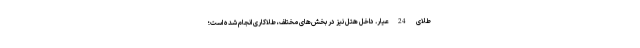
طلای 24عیار. داخل هتل نیز در بخش‌های مختلف، طلاکاری انجام شده است؛